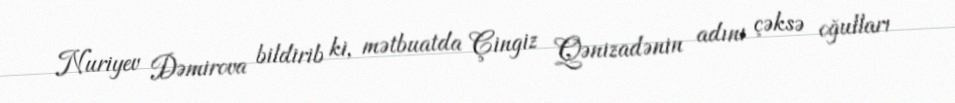
Nuriyev Dəmirova bildirib ki, mətbuatda Çingiz Qənizadənin adını çəksə oğulları